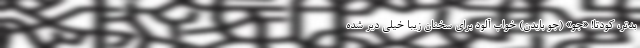
بدتر، کودتا! «جو» (جو بایدن) خواب آلود برای سخنان زیبا خیلی دیر شده